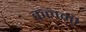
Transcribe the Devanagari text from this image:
क़लमी